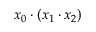
x _ { 0 } \cdot ( x _ { 1 } \cdot x _ { 2 } )